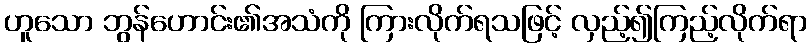
ဟူသော ဘွန်ဟောင်း၏အသံကို ကြားလိုက်ရသဖြင့် လှည့်၍ကြည့်လိုက်ရာ